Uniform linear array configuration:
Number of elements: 64
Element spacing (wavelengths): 0.25
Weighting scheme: blackman
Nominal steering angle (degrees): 30
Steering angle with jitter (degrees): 30.387
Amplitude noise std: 0.05
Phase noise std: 0.05

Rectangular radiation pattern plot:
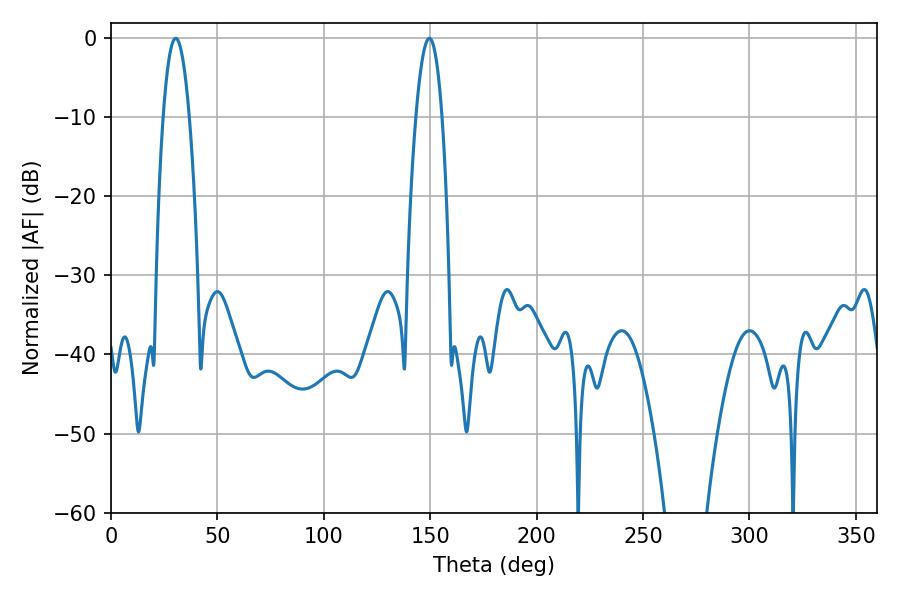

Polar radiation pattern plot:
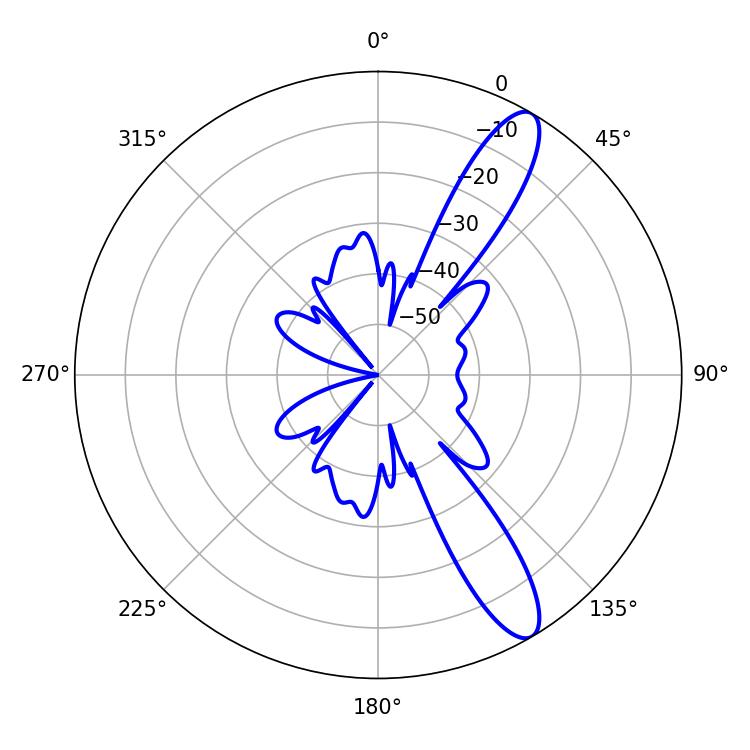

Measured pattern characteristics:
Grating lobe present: FALSE
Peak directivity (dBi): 11.901
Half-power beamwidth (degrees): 6.66
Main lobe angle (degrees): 30.42